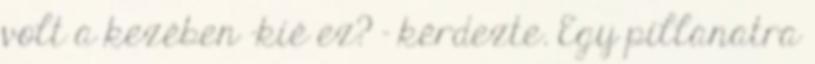
volt a kezében -kié ez? – kérdezte. Egy pillanatra